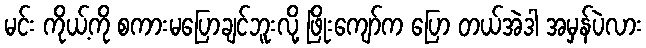
မင်း ကိုယ့်ကို စကားမပြောချင်ဘူးလို့ ဖြိုးကျော်က ပြော တယ်အဲဒါ အမှန်ပဲလား